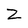
Character: Z